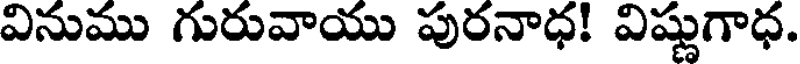
వినుము గురువాయు పురనాధ! విష్ణుగాధ.